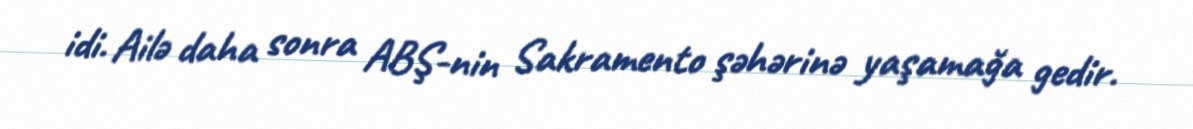
idi. Ailə daha sonra ABŞ-nin Sakramento şəhərinə yaşamağa gedir.